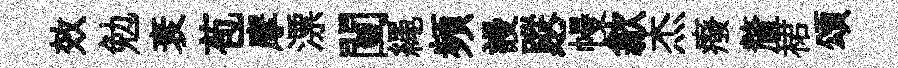
效勉衰苞摩漂闉繩頻謾蹤~幔歙杰癈釐裙頌